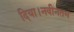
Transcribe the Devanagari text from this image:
दिया।नवीनतम